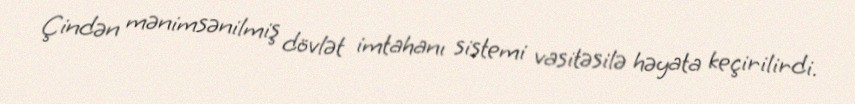
Çindən mənimsənilmiş dövlət imtahanı sistemi vasitəsilə həyata keçirilirdi.